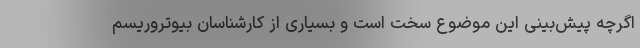
اگرچه پیش‌بینی این موضوع سخت است و بسیاری از کارشناسان بیوتروریسم